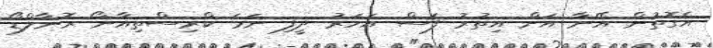
އެގޮތުން އޭނާ އަށް އިތުރު ފަސް އަހަރު ދީފި ނަމަ ކްރިސްތިއާނޯ ރޮނާލްޑޯ